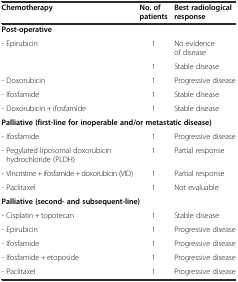
| Chemotherapy | No. of patients | Best radiological response |
 | --- | --- | --- |
 | <COLSPAN=3> Post-operative |
 | - Epirubicin | 1 | No evidence of disease |
 |  | 1 | Stable disease |
 | - Doxorubicin | 1 | Progressive disease |
 | - Ifosfamide | 1 | Stable disease |
 | - Doxorubicin + ifosfamide | 1 | Stable disease |
 | <COLSPAN=3> Palliative (first-line for inoperable and/or metastatic disease) |
 | - Ifosfamide | 1 | Progressive disease |
 | - Pegylated liposomal doxorubicin hydrochloride (PLDH) | 1 | Partial response |
 | - Vincristine + ifosfamide + doxorubicin (VID) | 1 | Partial response |
 | - Paclitaxel | 1 | Not evaluable |
 | <COLSPAN=3> Palliative (second- and subsequent-line) |
 | - Cisplatin + topotecan | 1 | Stable disease |
 | - Epirubicin | 1 | Progressive disease |
 | - Ifosfamide | 1 | Progressive disease |
 | - Ifosfamide + etoposide | 1 | Progressive disease |
 | - Paclitaxel | 1 | Progressive disease |